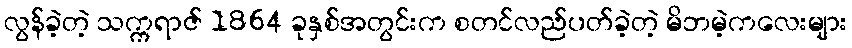
လွန်ခဲ့တဲ့ သက္ကရာဇ် 1864 ခုနှစ်အတွင်းက စတင်လည်ပတ်ခဲ့တဲ့ မိဘမဲ့ကလေးများ